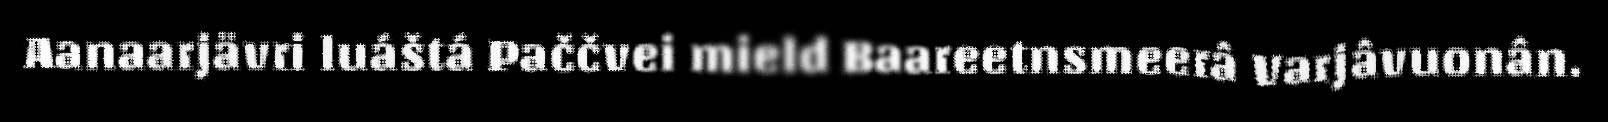
Aanaarjävri luáštá Paččvei mield Baareetnsmeerâ Varjâvuonân.